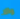
والا